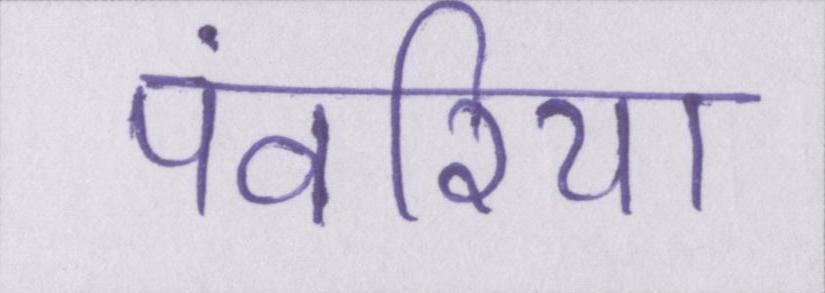
पंवरिया